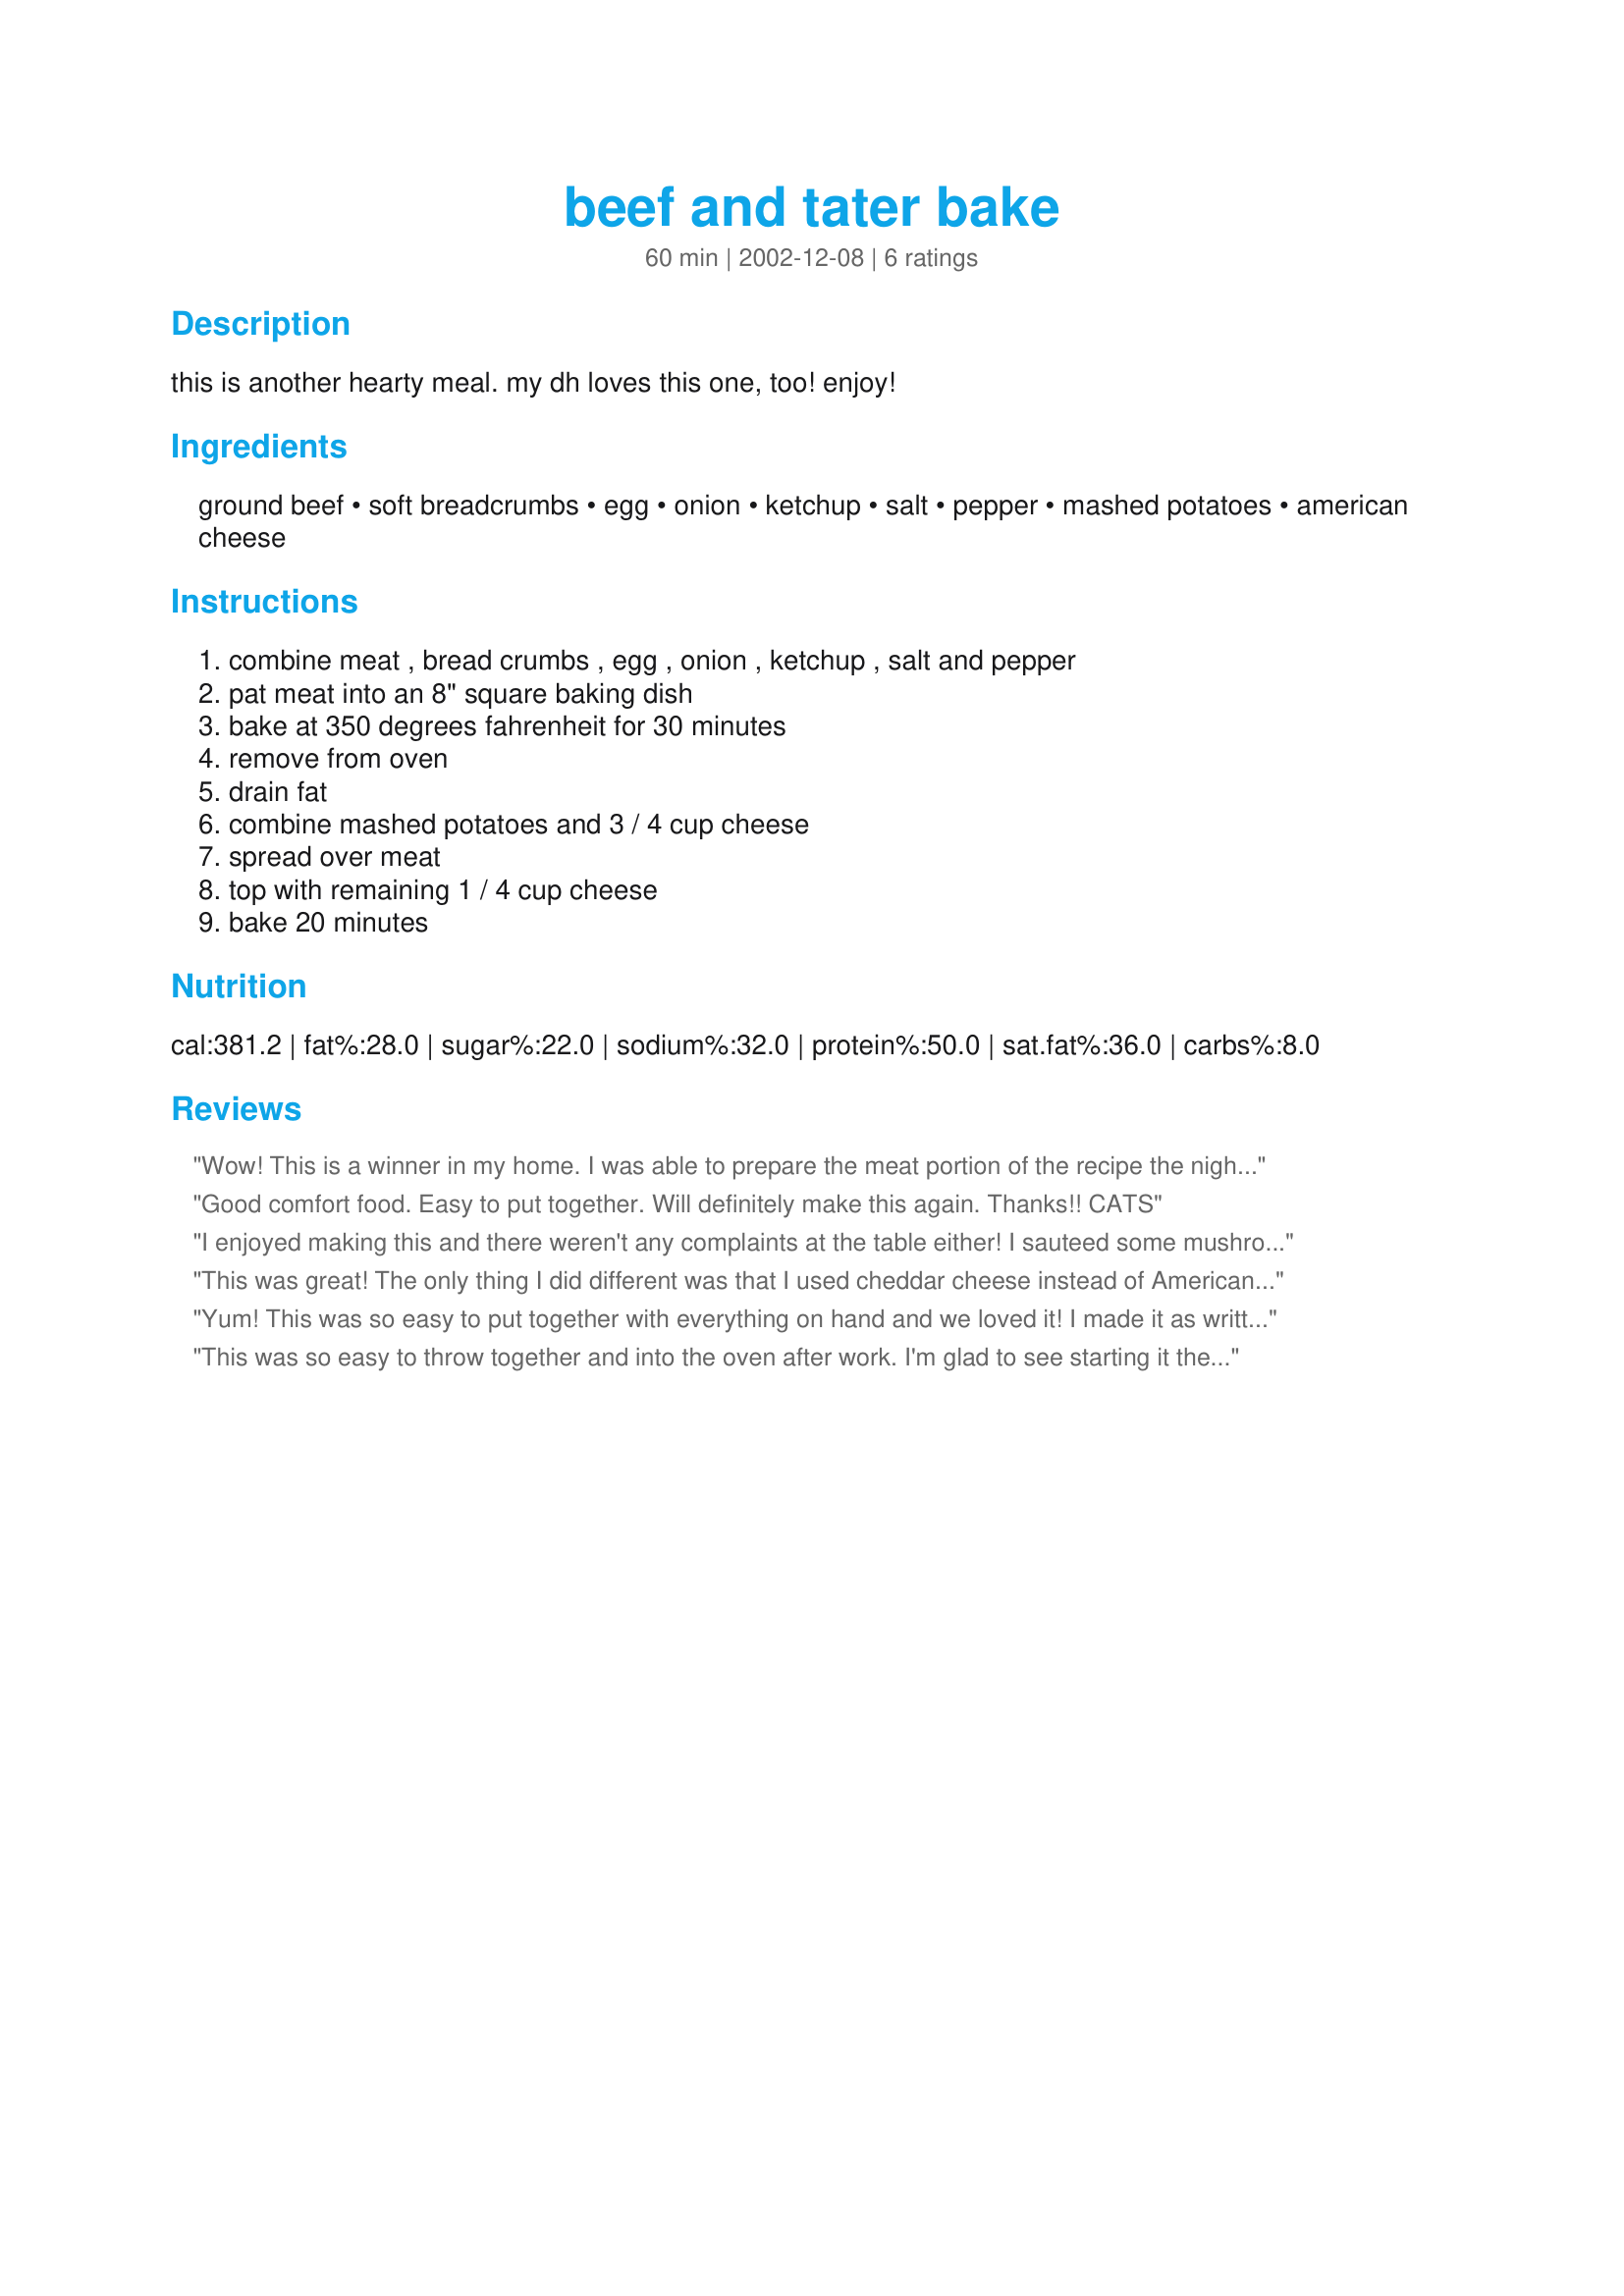
beef and tater bake
Preparation time: 60 minutes

this is another hearty meal. my dh loves this one, too! enjoy!

Ingredients:
ground beef, soft breadcrumbs, egg, onion, ketchup, salt, pepper, mashed potatoes, american cheese

Steps:
combine meat , bread crumbs , egg , onion , ketchup , salt and pepper, pat meat into an 8" square baking dish, bake at 350 degrees fahrenheit for 30 minutes, remove from oven, drain fat, combine mashed potatoes and 3 / 4 cup cheese, spread over meat, top with remaining 1 / 4 cup cheese, bake 20 minutes

Reviews:
Wow! This is a winner in my home. I was able to prepare the meat portion of the recipe the night before. The following evening while it was baking I made the potato topping. I used cheddar cheese instead of American and it was just fab! Thanks for sharring this with us!
Good comfort food. Easy to put together. Will definitely make this again. Thanks!! CATS
I enjoyed making this and there weren't any complaints at the table either! I sauteed some mushrooms and added about 1 tsp. of worstershire sauce to the meatloaf, but otherwise, made it as stated. The biggest trouble you will have is peeling the potatos and bringing the water to boil, otherwise, it is smoothe sailing.
Thanks!
This was great! The only thing I did different was that I used cheddar cheese instead of American. I baked the meat mixture, put the potatoes on top and then froze it. When it was time to eat it I thawed it and then cooked it for about 25 minutes. This was super easy and a great OAMC recipe.
Yum! This was so easy to put together with everything on hand and we loved it! I made it as written except put the remaining cheese on the last 5 minutes of baking. I like that so few simple ingredients make such a tasty dish! Total comfort food we'll defintely enjoy again! Thank you for posting! :)
This was so easy to throw together and into the oven after work. I'm glad to see starting it the night before worked out well. I put garlic powder in the meat mix (I like garlic in just about everything) and using a sharper cheese was a good choice. I also sprinkled the top with a bit of paprika to perk it up visually. I used fake mashed potatoes since I had leftovers to use up. Next time I will put the garlic powder in those instead of the meat to tone down the "fake." Thanks for a quick to fix, tasty dinner recipe!
